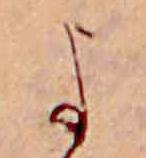
よ